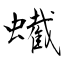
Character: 蠘